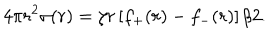
4 \pi r ^ { 2 } \sigma ( r ) = \zeta r \left[ f _ { + } ( r ) - f _ { - } ( r ) \right] / 2 .